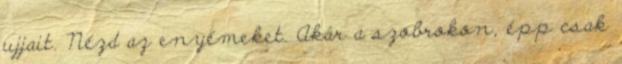
ujjait. Nézd az enyémeket. Akár a szobrokon, épp csak